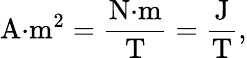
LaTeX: {\mathrm{A}}{\cdot}{\mathrm{m}}^{2}={\frac{{\mathrm{N}}{\cdot}{\mathrm{m}}}{\mathrm{T}}}={\frac{\mathrm{J}}{\mathrm{T}}},